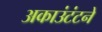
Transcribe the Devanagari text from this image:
अकाउंटंटने